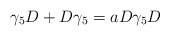
\begin{align*}\gamma_{5}D + D\gamma_{5} = aD\gamma_{5}D\end{align*}